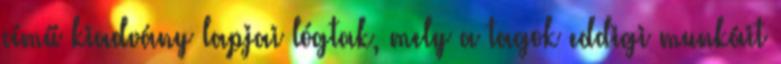
című kiadvány lapjai lógtak, mely a tagok eddigi munkáit